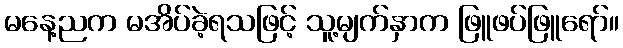
မနေ့ညက မအိပ်ခဲ့ရသဖြင့် သူ့မျက်နှာက ဖြူဖပ်ဖြူရော်။